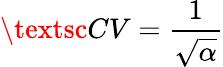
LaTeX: \textsc{CV}=\frac{1}{\sqrt{\alpha}}